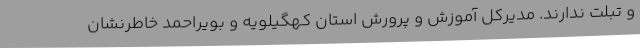
و تبلت ندارند. مدیرکل آموزش و پرورش استان کهگیلویه و بویراحمد خاطرنشان